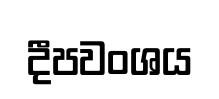
දීපවංශය